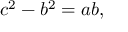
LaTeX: c ^ { 2 } - b ^ { 2 } = a b ,